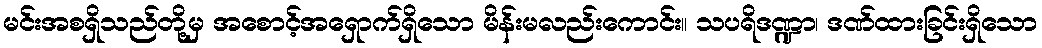
မင်းအစရှိသည်တို့မှ အစောင့်အရှောက်ရှိသော မိန်းမလည်းကောင်း။ သပရိဒဏ္ဍာ၊ ဒဏ်ထားခြင်းရှိသော